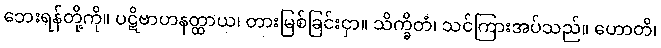
ဘေးရန်တို့ကို။ ပဋိဗာဟနတ္ထာယ၊ တားမြစ်ခြင်းငှာ။ သိက္ခိတံ၊ သင်ကြားအပ်သည်။ ဟောတိ၊